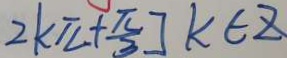
2 k \pi + \frac { \pi } { 3 } ] k \in Z